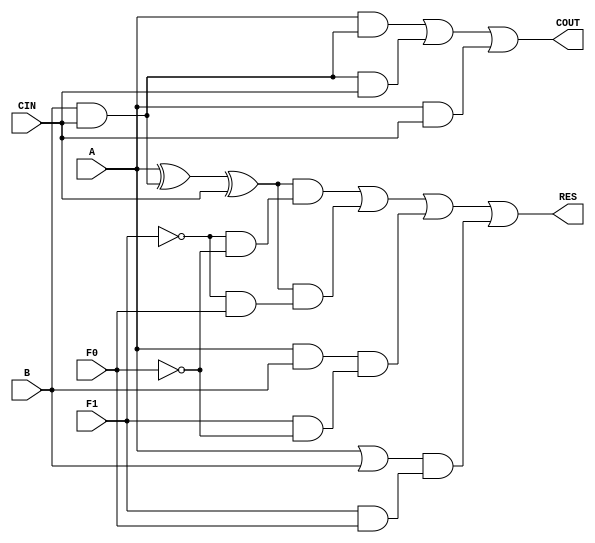
module alu1bit (A,B,CIN,F1,F0,COUT,RES);

    input   A,B,CIN,F1,F0;      //CIN == F0
    output  COUT,RES;

    //  ALUCTRL 2x4 decoder
    wire F1n, F0n;              //  not wire
    wire y0, y1, y2, y3;        //  select pin 
    not  (F1n, F1);
    not  (F0n, F0);

    and and2_0 (y0, F1n, F0n);
    and and2_1 (y1, F1n,  F0);
    and and2_2 (y2, F1 , F0n);
    and and2_3 (y3, F1 , F0 );

    //  ALU logic : full adder B select
    wire x0, x1, x2, x3;        // operation result
    wire B0, B1, BB;      //  B select
    and and2_4 (B0, B, CIN);
    and and2_5 (B1, B, CIN);
    or  or2_0 (BB, B0, B1);

    //  ALU logic : full adder
    wire w0, w1, w2;
    xor xor2_0(x0, A, BB, CIN);     // add / sub result 
    xor xor2_1(x1, A, BB, CIN);     // add / sub result   

    // Cout result                
    and and2_6(w0, A, BB);          
    and and2_7(w1, BB, CIN);
    and and2_8(w2, A, CIN);
    or  or2_1(COUT, w0, w1, w2);

    //  ALU logic : and
    and and2_9(x2, A, B);

    //  ALU logic : or
    or  or2_2(x3, A, B);

    //  ALU RES : 4x1 mux use
    wire z0,z1,z2,z3;
    and and2_10(z0, x0, y0);    //add
    and and2_11(z1, x1, y1);    //sub
    and and2_12(z2, x2, y2);    //and
    and and2_13(z3, x3, y3);    //or

    //  ALU RES!!!
    or or4_0(RES,z0,z1,z2,z3);

endmodule